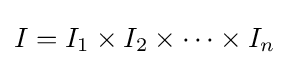
I=I_{1}\times I_{2}\times \cdots \times I_{n}